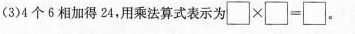
(3)4个6相加得24，用乘法算式表示为\Box\times\Box=\Box。